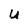
Character: U